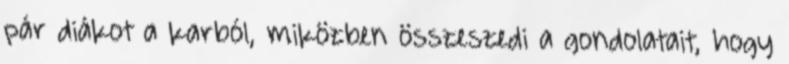
pár diákot a karból, miközben összeszedi a gondolatait, hogy